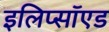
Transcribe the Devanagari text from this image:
इलिप्सॉएड